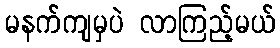
မနက်ကျမှပဲ လာကြည့်မယ်